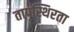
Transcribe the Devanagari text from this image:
तापस्थिरता